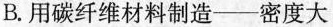
B.用碳纤维材料制造——密度大